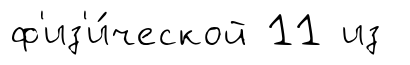
ф'из'и́ческой 11 из